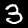
Label: 3